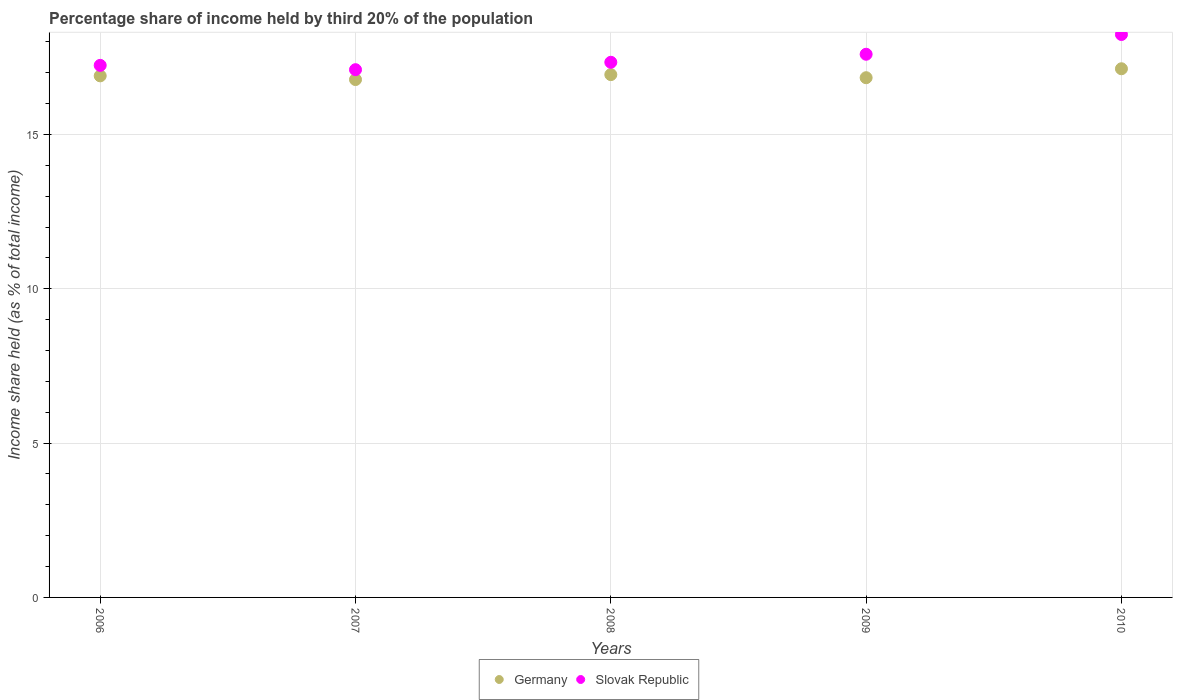
| Years | Germany | Slovak Republic |
 | --- | --- | --- |
 | 2006 | 16.9 | 17.2 |
 | 2007 | 16.8 | 17.1 |
 | 2008 | 16.9 | 17.3 |
 | 2009 | 16.8 | 17.6 |
 | 2010 | 17.1 | 18.2 |